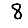
Digit: 8